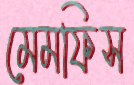
মেমফিস